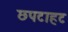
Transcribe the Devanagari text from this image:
छपटाहट